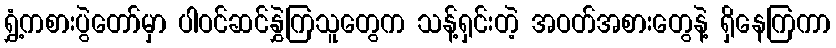
ရွှံ့ကစားပွဲတော်မှာ ပါဝင်ဆင်နွှဲကြသူတွေက သန့်ရှင်းတဲ့ အဝတ်အစားတွေနဲ့ ရှိနေကြကာ